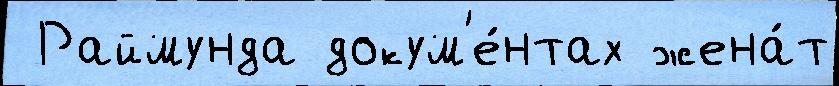
 Раймунда докум'е́нтах жена́т